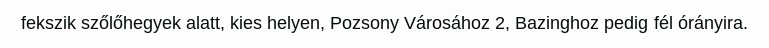
fekszik szőlőhegyek alatt, kies helyen, Pozsony Városához 2, Bazinghoz pedig fél órányira.